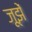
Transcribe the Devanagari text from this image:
जूझें